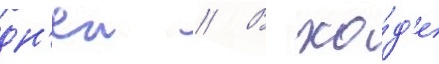
дн'еи // В хо́д'е